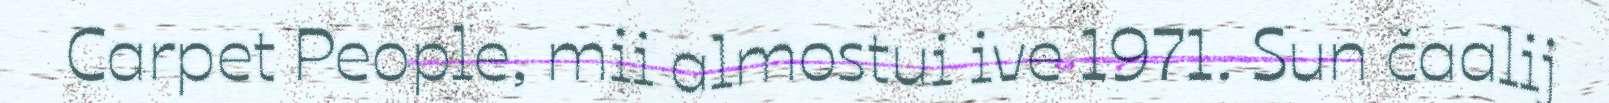
Carpet People, mii almostui ive 1971. Sun čaalij